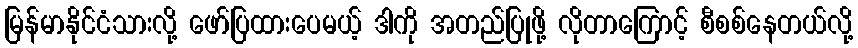
မြန်မာနိုင်ငံသားလို့ ဖော်ပြထားပေမယ့် ဒါကို အတည်ပြုဖို့ လိုတာကြောင့် စီစစ်နေတယ်လို့